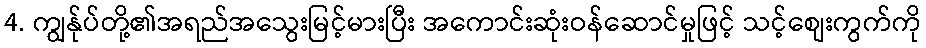
4. ကျွန်ုပ်တို့၏အရည်အသွေးမြင့်မားပြီး အကောင်းဆုံးဝန်ဆောင်မှုဖြင့် သင့်စျေးကွက်ကို